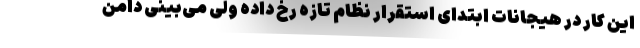
این کار در هیجانات ابتدای استقرار نظام تازه رخ داده ولی می‌بینی دامن